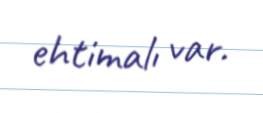
ehtimalı var.